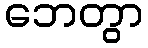
ဘေတွာ